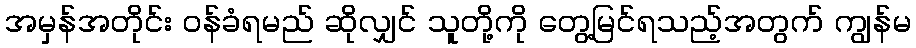
အမှန်အတိုင်း ဝန်ခံရမည် ဆိုလျှင် သူတို့ကို တွေ့မြင်ရသည့်အတွက် ကျွန်မ